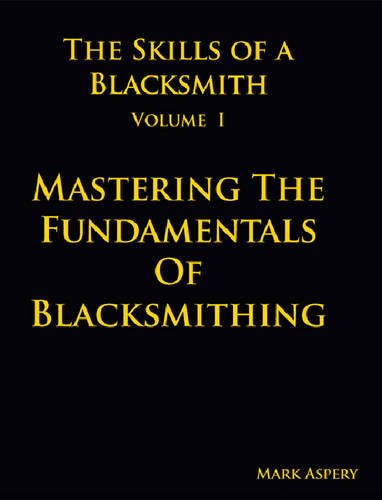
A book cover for The Skills of a Blacksmith: v.1: Mastering the Fundamentals of Blacksmithing; Mark Aspery; Crafts, Hobbies & Home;